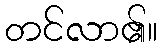
တင်လာ၏။